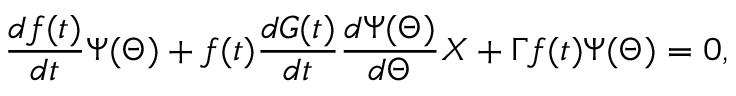
\frac { d f ( t ) } { d t } \Psi ( \Theta ) + f ( t ) \frac { d G ( t ) } { d t } \frac { d \Psi ( \Theta ) } { d \Theta } X + \Gamma f ( t ) \Psi ( \Theta ) = 0 ,